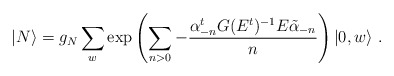
\begin{align*}|N\rangle=g_{N}\sum_{w}\exp\left(\sum_{n>0}-\frac{\alpha_{-n}^{t}G(E^{t})^{-1}E\tilde{\alpha}_{-n}}{n}\right)|0,w\rangle\ .\end{align*}